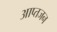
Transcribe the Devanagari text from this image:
आप्तजन